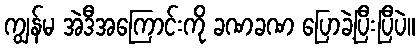
ကျွန်မ အဲဒီအကြောင်းကို ခဏခဏ ပြောခဲ့ပြီးပြီပဲ။